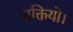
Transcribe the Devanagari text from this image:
शक्तियो।